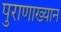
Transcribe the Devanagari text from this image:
पुराणाख्यान